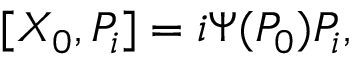
[ X _ { 0 } , P _ { i } ] = i \Psi ( P _ { 0 } ) P _ { i } ,